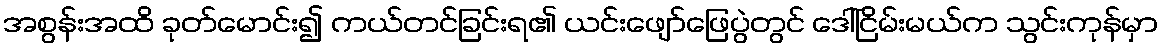
အစွန်းအထိ ခုတ်မောင်း၍ ကယ်တင်ခြင်းရ၏ ယင်းဖျော်ဖြေပွဲတွင် ဒေါ်ငြိမ်းမယ်က သွင်းကုန်မှာ